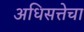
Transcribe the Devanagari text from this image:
अधिसत्तेचा